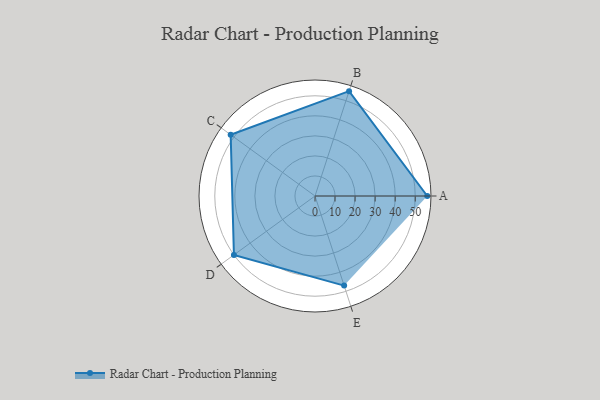
{"axis": {"x": "Skill", "y": "Score"}, "legend": ["Profile"], "data": [{"x": "A", "y": 56.0, "type": "Profile"}, {"x": "B", "y": 55.0, "type": "Profile"}, {"x": "C", "y": 52.0, "type": "Profile"}, {"x": "D", "y": 50.0, "type": "Profile"}, {"x": "E", "y": 47.0, "type": "Profile"}]}